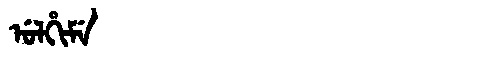
Manchu: ᡠᠯᡥᡳᠮᡝ
Romanization: ULHIME